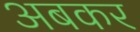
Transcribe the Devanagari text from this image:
अबकर